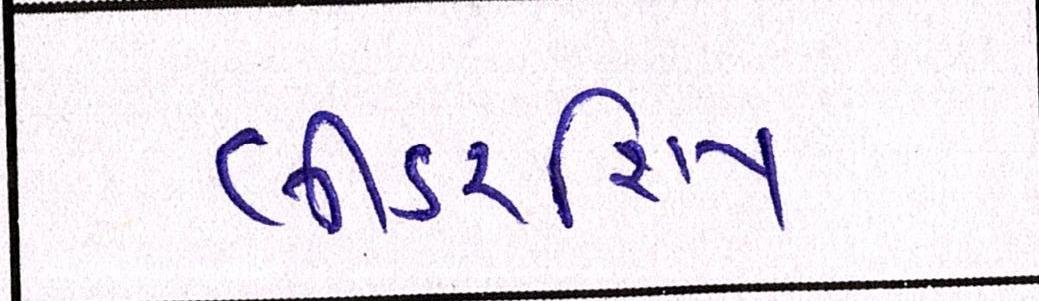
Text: લીડરશિપ